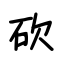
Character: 砍